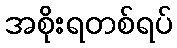
အစိုးရတစ်ရပ်